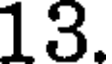
13.